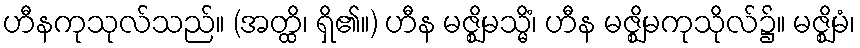
ဟီနကုသုလ်သည်။ (အတ္ထိ၊ ရှိ၏။) ဟီန မဇ္ဈိမသ္မိံ၊ ဟီန မဇ္ဈိမကုသိုလ်၌။ မဇ္ဈိမံ၊